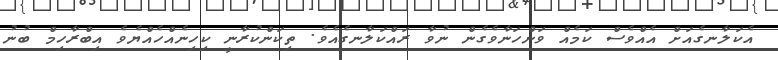
އެކަލާނގެއަށް އެއްވެސް ކަމެއް ވަންހަނާވެގެން ނުވާ ރައްކަލާނގެއެވެ. ތިކަންކުރާނީ ކިހިނެއްހެއްޔެވެ އިބްރާހިމް ބުނު